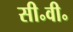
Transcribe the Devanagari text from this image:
सी॰वी॰